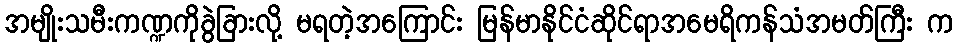
အမျိုးသမီးကဏ္ဍကိုခွဲခြားလို့ မရတဲ့အကြောင်း မြန်မာနိုင်ငံဆိုင်ရာအမေရိကန်သံအမတ်ကြီး က